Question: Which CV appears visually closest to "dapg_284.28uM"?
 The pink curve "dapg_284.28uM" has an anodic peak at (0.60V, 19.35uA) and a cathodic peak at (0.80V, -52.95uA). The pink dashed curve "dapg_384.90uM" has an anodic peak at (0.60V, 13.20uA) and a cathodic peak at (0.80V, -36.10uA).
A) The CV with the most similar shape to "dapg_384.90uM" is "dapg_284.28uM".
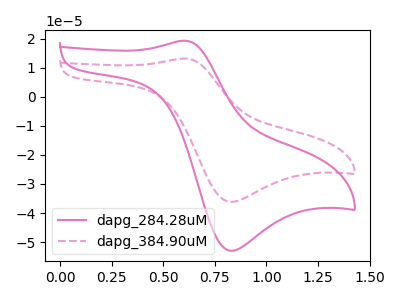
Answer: <think>All the peaks in "dapg_284.28uM" have a peak in "dapg_384.90uM" at the same potential. Every peak in "dapg_284.28uM" is higher than every peak in "dapg_384.90uM".
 </think>
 <answer>A) The CV with the most similar shape to "dapg_384.90uM" is "dapg_284.28uM".</answer>
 <eval>A</eval>